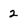
Character: 2